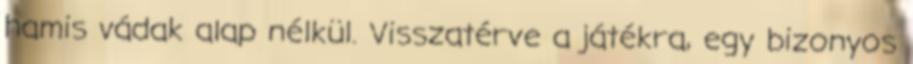
hamis vádak alap nélkül. Visszatérve a játékra, egy bizonyos